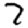
Digit: 7